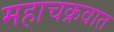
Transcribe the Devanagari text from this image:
महाचक्रवात